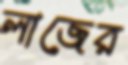
লাজের